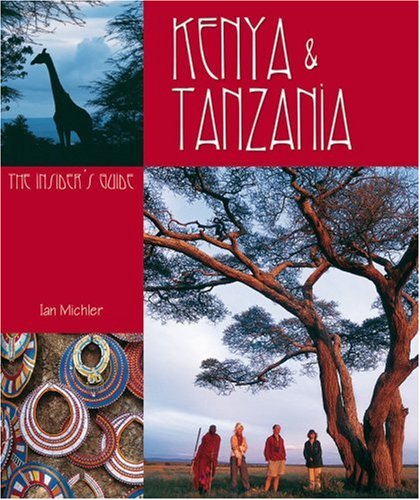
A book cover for Kenya And Tanzania: The Insider's Guide; Ian Michler; Travel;